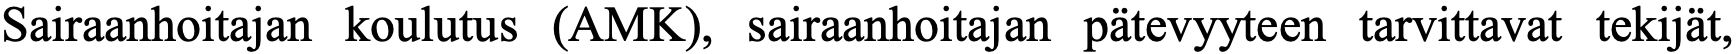
Sairaanhoitajan koulutus (AMK), sairaanhoitajan pätevyyteen tarvittavat tekijät,